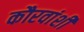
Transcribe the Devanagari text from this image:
कौरवांशी